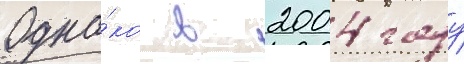
Одна́ко в 2004 году